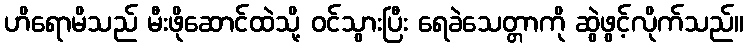
ဟိရောမိသည် မီးဖိုဆောင်ထဲသို့ ဝင်သွားပြီး ရေခဲသေတ္တာကို ဆွဲဖွင့်လိုက်သည်။